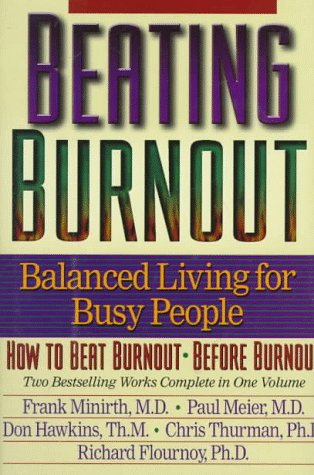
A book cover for Beating Burnout : Balanced Living for Busy People : How to Beat Burnout, Before Burnout; Frank B. Minirth; Business & Money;